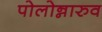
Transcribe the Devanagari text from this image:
पोलोन्नारुव